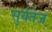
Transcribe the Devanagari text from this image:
सुर्यतेज